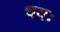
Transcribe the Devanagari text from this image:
चयः